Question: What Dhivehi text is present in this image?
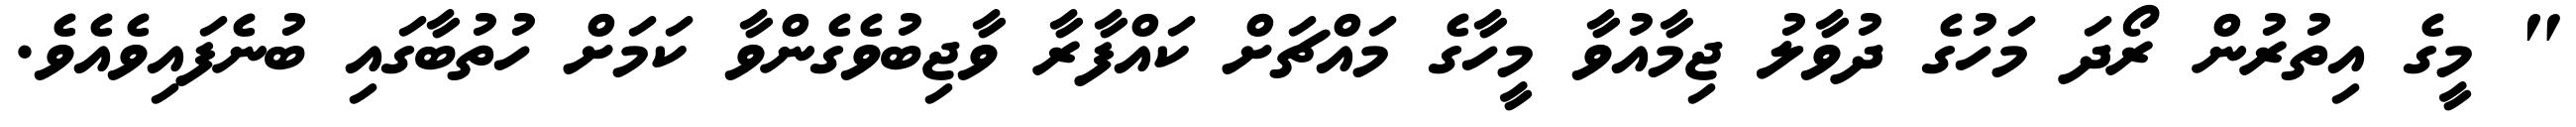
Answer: " މީގެ އިތުރުން ރޯދަ މަހުގެ ދުވާލު ޖިމާއުވާ މީހާގެ މައްޗަށް ކައްފާރާ ވާޖިބުވެގެންވާ ކަމަށް ހުތުބާގައި ބުނެފައިވެއެވެ.